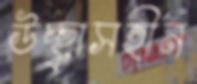
উচ্ছ্বাসহীন